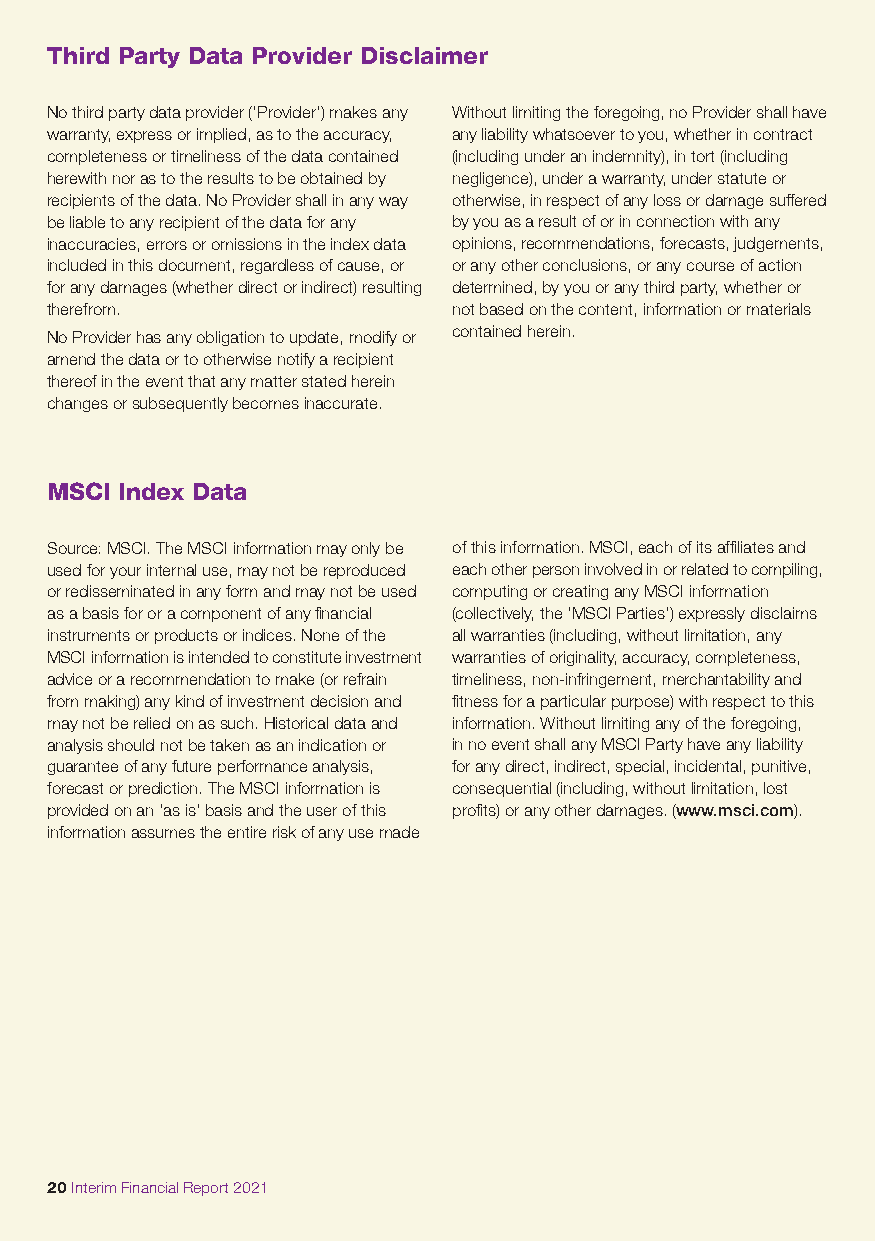
Third Party Data Provider Disclaimer
 No third party data provider (‘Provider’) makes any Without limiting the foregoing, no Provider shall have
 warranty, express or implied, as to the accuracy, any liability whatsoever to you, whether in contract
 completeness or timeliness of the data contained (including under an indemnity), in tort (including
 herewith nor as to the results to be obtained by negligence), under a warranty, under statute or
 recipients of the data. No Provider shall in any way otherwise, in respect of any loss or damage suffered
 be liable to any recipient of the data for any by you as a result of or in connection with any
 inaccuracies, errors or omissions in the index data opinions, recommendations, forecasts, judgements,
 included in this document, regardless of cause, or or any other conclusions, or any course of action
 for any damages (whether direct or indirect) resulting determined, by you or any third party, whether or
 therefrom.                 not based on the content, information or materials
 No Provider has any obligation to update, modify or contained herein.
 amend the data or to otherwise notify a recipient
 thereof in the event that any matter stated herein
 changes or subsequently becomes inaccurate.
 MSCI Index Data
 Source: MSCI. The MSCI information may only be of this information. MSCI, each of its affiliates and
 used for your internal use, may not be reproduced each other person involved in or related to compiling,
 or redisseminated in any form and may not be used computing or creating any MSCI information
 as a basis for or a component of any financial (collectively, the ‘MSCI Parties’) expressly disclaims
 instruments or products or indices. None of the all warranties (including, without limitation, any
 MSCI information is intended to constitute investment warranties of originality, accuracy, completeness,
 advice or a recommendation to make (or refrain timeliness, non-infringement, merchantability and
 from making) any kind of investment decision and fitness for a particular purpose) with respect to this
 may not be relied on as such. Historical data and information. Without limiting any of the foregoing,
 analysis should not be taken as an indication or in no event shall any MSCI Party have any liability
 guarantee of any future performance analysis, for any direct, indirect, special, incidental, punitive,
 forecast or prediction. The MSCI information is consequential (including, without limitation, lost
 provided on an ‘as is’ basis and the user of this profits) or any other damages. (www.msci.com).
 information assumes the entire risk of any use made
 20 Interim Financial Report 2021